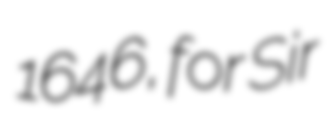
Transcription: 1646, for Sir